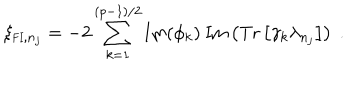
LaTeX: \xi _ { \mathrm { { \small F I } } , n _ { j } } = - 2 \sum _ { k = 1 } ^ { ( p - 1 ) / 2 } \mathrm { I m } ( \phi _ { k } ) ~ \mathrm { I m } \left( \mathrm { T r } \left[ \gamma _ { k } \lambda _ { n _ { j } } \right] \right) ~ .